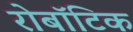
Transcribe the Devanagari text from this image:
रोबॉटिक